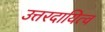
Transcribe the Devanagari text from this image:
उत्तरदायित्व